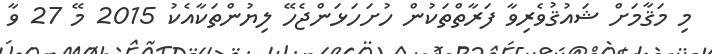
މި މަޤާމަށް ޝައުޤުވެރިވާ ފަރާތްތަކުން ހުށަހަޅަންޖެހޭ ލިޔުންތަކާއެކު 2015 މޭ 27 ވާ